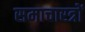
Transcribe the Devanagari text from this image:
समाचारत्रों